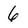
Character: 6